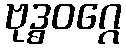
ဗုဒ္ဓဝဂ္ဂေ